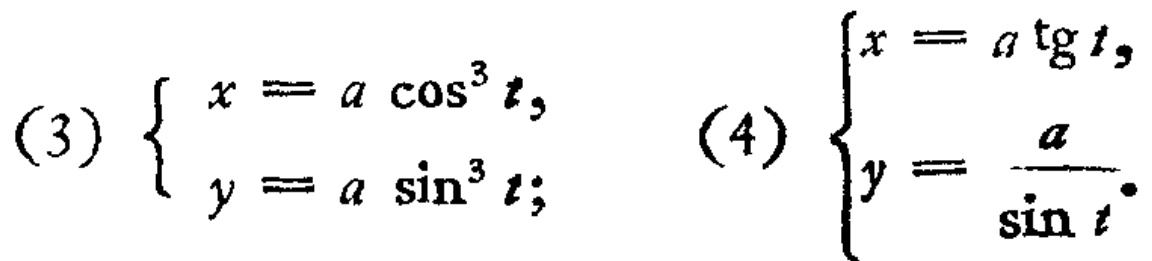
(3) $\left\{\begin{array}{l}x = a\cos^{3}t,\\y = a\sin^{3}t;\end{array}\right.$ (4) $\left\{\begin{array}{l}x = a\operatorname{tg}t,\\y = \frac{a}{\sin t}.\end{array}\right.$